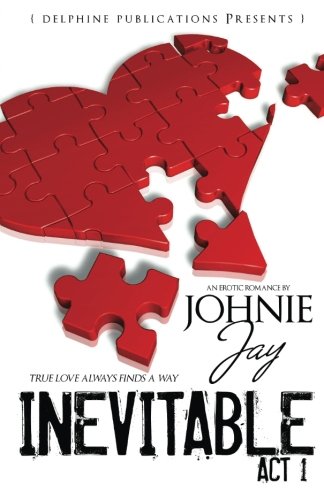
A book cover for Inevitable Act l (Delphine Publications Presents); Johnie Jay; Romance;